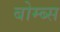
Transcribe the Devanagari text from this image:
बोम्ब्स